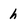
Character: h